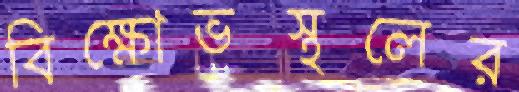
বিক্ষোভস্থলের